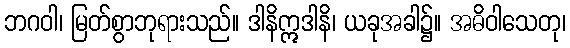
ဘဂဝါ၊ မြတ်စွာဘုရားသည်။ ဒါနိဣဒါနိ၊ ယခုအခါ၌။ အဓိဝါသေတု၊